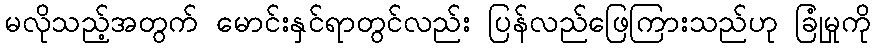
မလိုသည့်အတွက် မောင်းနှင်ရာတွင်လည်း ပြန်လည်ဖြေကြားသည်ဟု ခြုံမှုကို